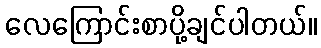
လေကြောင်းစာပို့ချင်ပါတယ်။